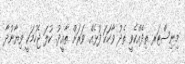
މިނިސްޓަރ ތިދެއްކެވީ ތެދު ވާހަކަ ފުޅެއް. ވަރަށް ތާއީދު. ކުލަ ޖެހުމަކީ ވިޔާނުދާ